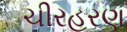
ચીરહરણ